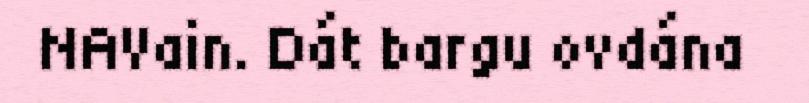
NAVain. Dát bargu ovdána